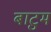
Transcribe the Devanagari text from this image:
बाटुम